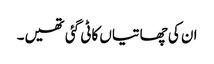
ان کی چھاتیاں کاٹی گئی تھیں۔